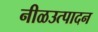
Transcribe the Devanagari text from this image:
नीळउत्पादन